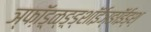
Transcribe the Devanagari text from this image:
ञ्फॉ़ड़्ळ्ङ़्ड्शॉईञ्ङॉईड्श्